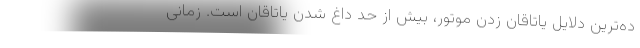
ده‌ترین دلایل یاتاقان زدن موتور، بیش از حد داغ شدن یاتاقان است. زمانی